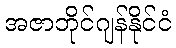
အဇာဘိုင်ဂျန်နိုင်ငံ